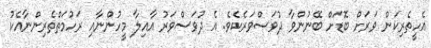
އެހީތެރިކަން ވަރަށް ބޮޑަށް ބޭނުންވާ ދުވަސްވަރެކެވެ. އެ ދުވަސްވަރު އާއިލާ މީހުންނާއި ރަހުމަތްތެރިންނާއެކު